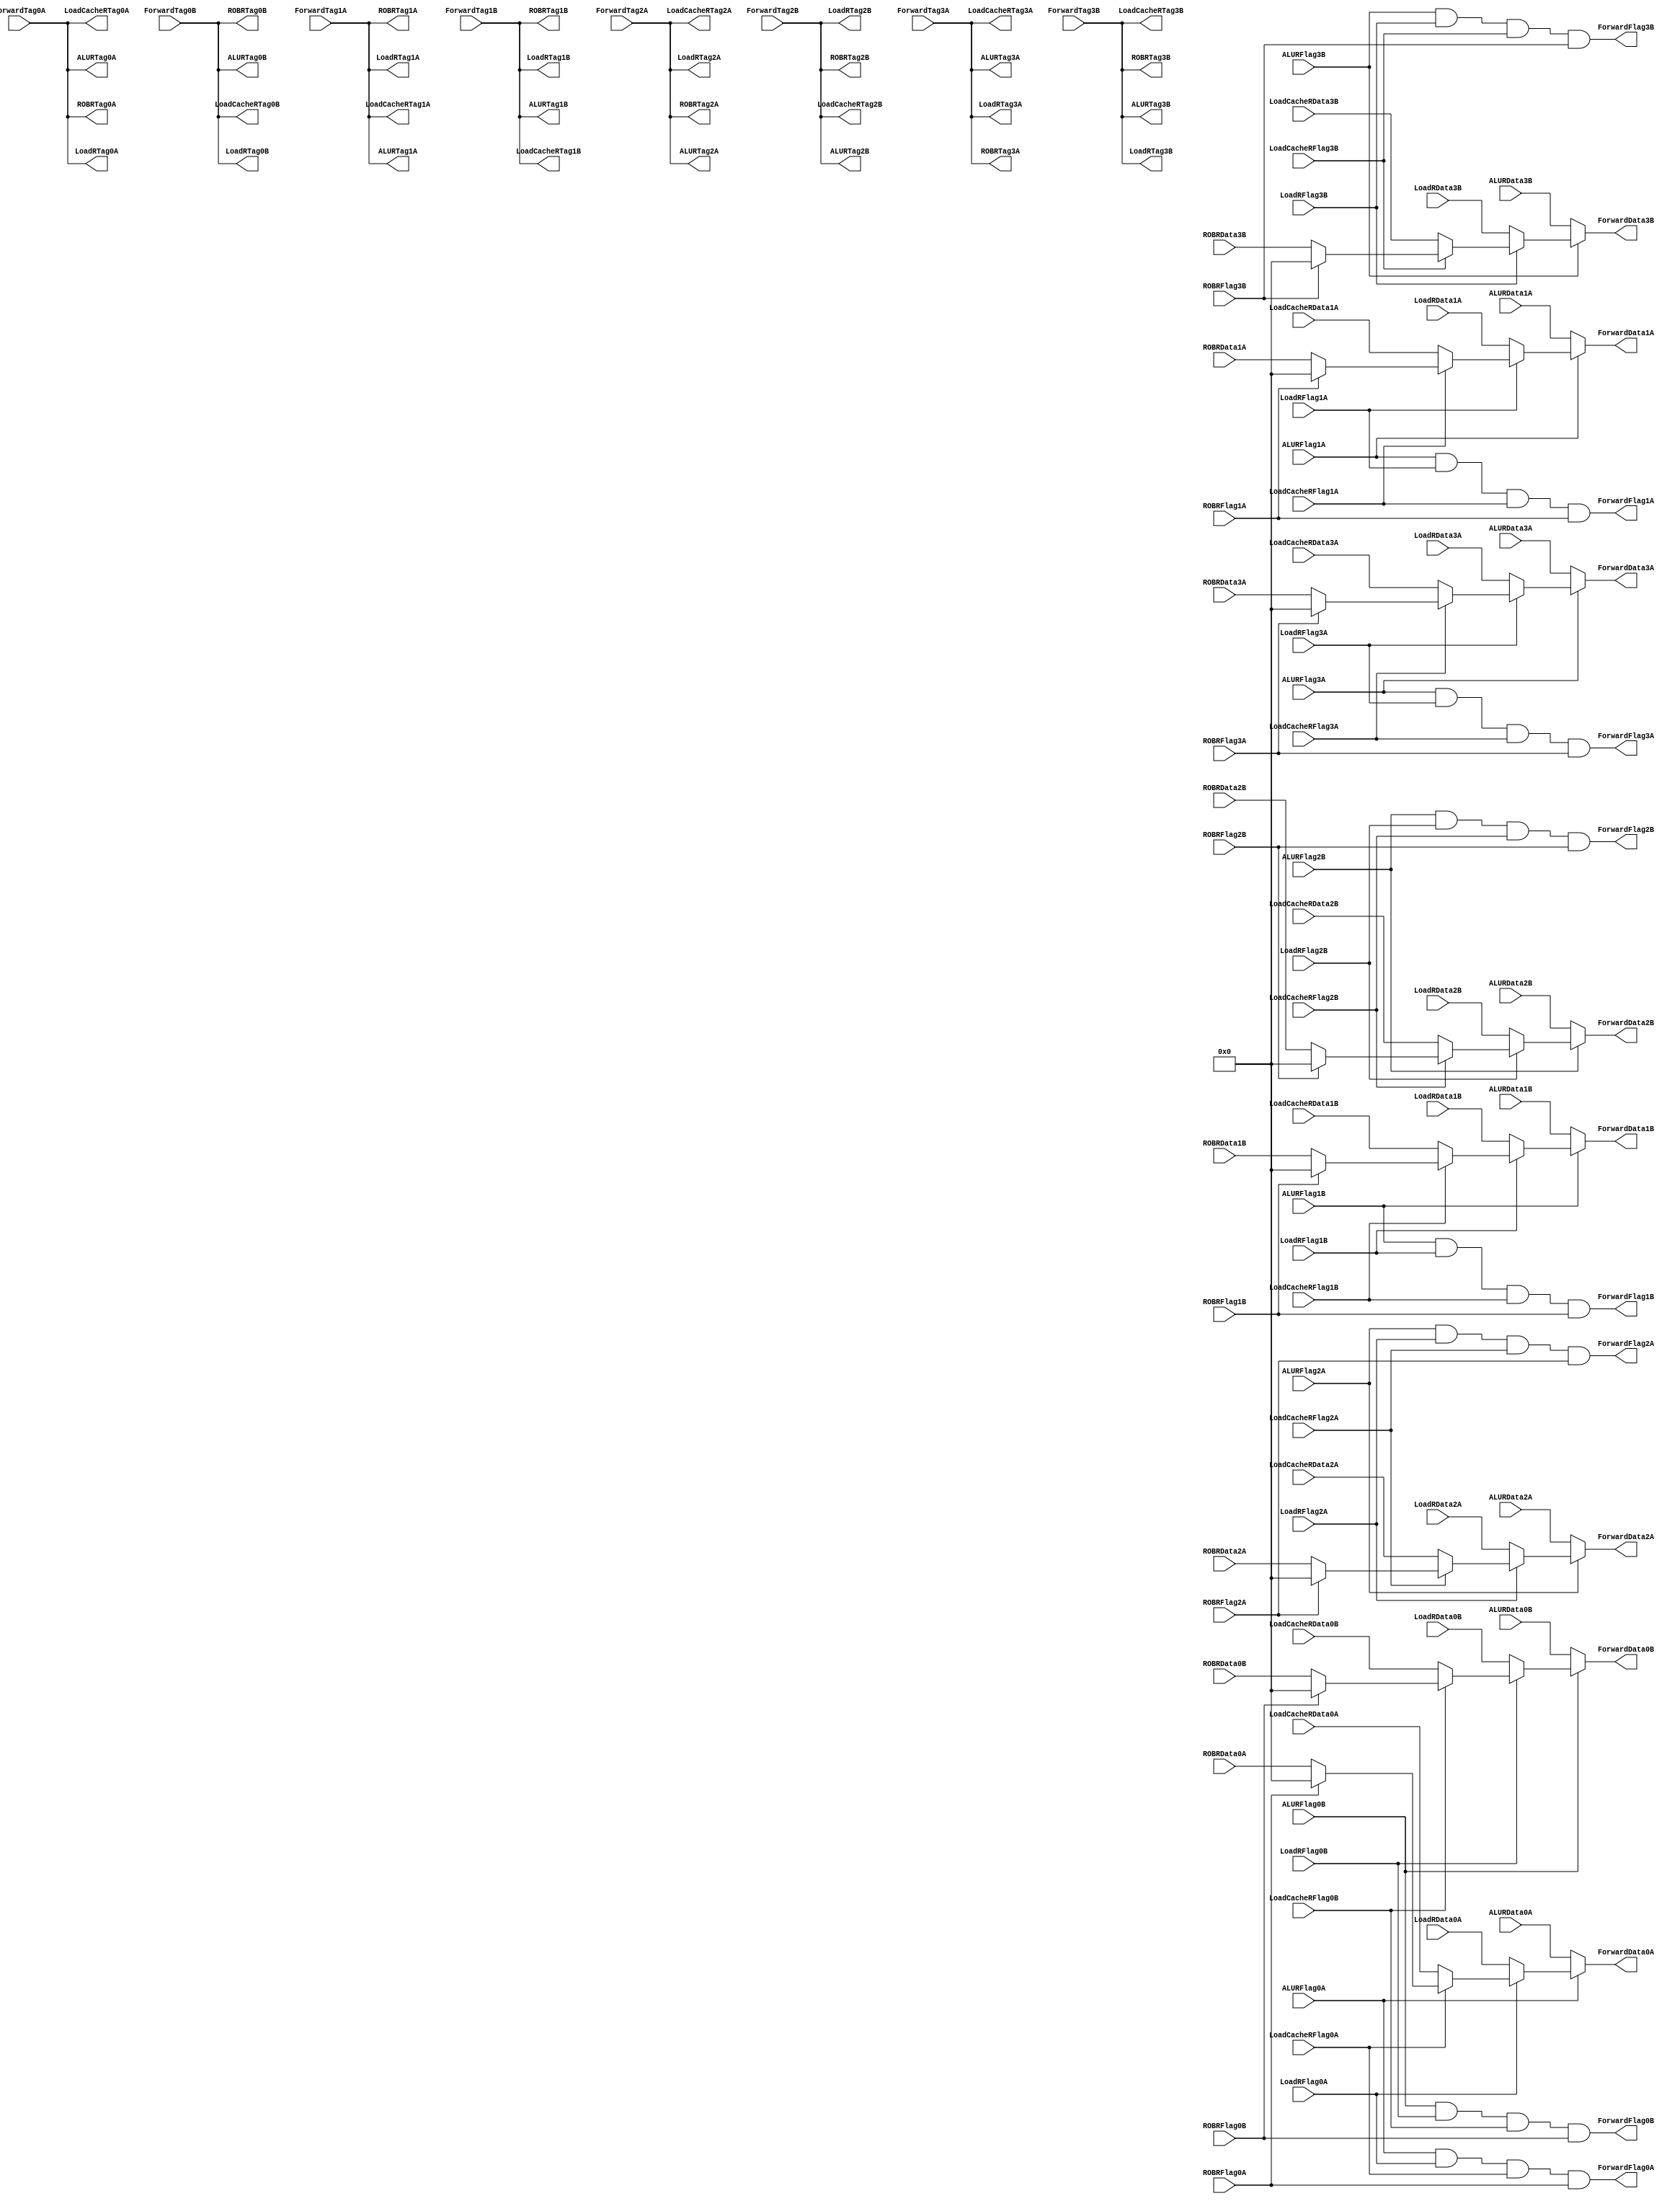

`timescale 1ns/1ns

module forwarding(
	input   [31:0]	ForwardTag0A, ForwardTag0B, ForwardTag1A, ForwardTag1B, ForwardTag2A, ForwardTag2B, ForwardTag3A, ForwardTag3B,
	input   [31:0]	ALURData0A, ALURData0B, ALURData1A, ALURData1B, ALURData2A, ALURData2B, ALURData3A, ALURData3B,
	input			ALURFlag0A, ALURFlag0B, ALURFlag1A, ALURFlag1B, ALURFlag2A, ALURFlag2B, ALURFlag3A, ALURFlag3B,
	input   [31:0]	LoadRData0A, LoadRData0B, LoadRData1A, LoadRData1B, LoadRData2A, LoadRData2B, LoadRData3A, LoadRData3B,
	input			LoadRFlag0A, LoadRFlag0B, LoadRFlag1A, LoadRFlag1B, LoadRFlag2A, LoadRFlag2B, LoadRFlag3A, LoadRFlag3B,
	input   [31:0]	LoadCacheRData0A, LoadCacheRData0B, LoadCacheRData1A, LoadCacheRData1B, LoadCacheRData2A, LoadCacheRData2B, LoadCacheRData3A, LoadCacheRData3B,
	input			LoadCacheRFlag0A, LoadCacheRFlag0B, LoadCacheRFlag1A, LoadCacheRFlag1B, LoadCacheRFlag2A, LoadCacheRFlag2B, LoadCacheRFlag3A, LoadCacheRFlag3B,
	input   [31:0]	ROBRData0A, ROBRData0B, ROBRData1A, ROBRData1B, ROBRData2A, ROBRData2B, ROBRData3A, ROBRData3B,
	input			ROBRFlag0A, ROBRFlag0B, ROBRFlag1A, ROBRFlag1B, ROBRFlag2A, ROBRFlag2B, ROBRFlag3A, ROBRFlag3B,
	output  [31:0]	ForwardData0A, ForwardData0B, ForwardData1A, ForwardData1B, ForwardData2A, ForwardData2B, ForwardData3A, ForwardData3B,
	output			ForwardFlag0A, ForwardFlag0B, ForwardFlag1A, ForwardFlag1B, ForwardFlag2A, ForwardFlag2B, ForwardFlag3A, ForwardFlag3B,
	output  [31:0]	ALURTag0A, ALURTag0B, ALURTag1A, ALURTag1B, ALURTag2A, ALURTag2B, ALURTag3A, ALURTag3B,
	output  [31:0]	LoadRTag0A, LoadRTag0B, LoadRTag1A, LoadRTag1B, LoadRTag2A, LoadRTag2B, LoadRTag3A, LoadRTag3B,
	output  [31:0]	LoadCacheRTag0A, LoadCacheRTag0B, LoadCacheRTag1A, LoadCacheRTag1B, LoadCacheRTag2A, LoadCacheRTag2B, LoadCacheRTag3A, LoadCacheRTag3B,
	output  [31:0]	ROBRTag0A, ROBRTag0B, ROBRTag1A, ROBRTag1B, ROBRTag2A, ROBRTag2B, ROBRTag3A, ROBRTag3B);
	
/****************************************************************************************/
/* 	Data Forwarding Logic																*/
/****************************************************************************************/
	assign ALURTag0A = ForwardTag0A;
	assign ALURTag0B = ForwardTag0B;
	assign ALURTag1A = ForwardTag1A;
	assign ALURTag1B = ForwardTag1B;
	assign ALURTag2A = ForwardTag2A;
	assign ALURTag2B = ForwardTag2B;
	assign ALURTag3A = ForwardTag3A;
	assign ALURTag3B = ForwardTag3B;
	
	assign LoadRTag0A = ForwardTag0A;
	assign LoadRTag0B = ForwardTag0B;
	assign LoadRTag1A = ForwardTag1A;
	assign LoadRTag1B = ForwardTag1B;
	assign LoadRTag2A = ForwardTag2A;
	assign LoadRTag2B = ForwardTag2B;
	assign LoadRTag3A = ForwardTag3A;
	assign LoadRTag3B = ForwardTag3B;
	
	assign LoadCacheRTag0A = ForwardTag0A;
	assign LoadCacheRTag0B = ForwardTag0B;
	assign LoadCacheRTag1A = ForwardTag1A;
	assign LoadCacheRTag1B = ForwardTag1B;
	assign LoadCacheRTag2A = ForwardTag2A;
	assign LoadCacheRTag2B = ForwardTag2B;
	assign LoadCacheRTag3A = ForwardTag3A;
	assign LoadCacheRTag3B = ForwardTag3B;
	
	assign ROBRTag0A = ForwardTag0A;
	assign ROBRTag0B = ForwardTag0B;
	assign ROBRTag1A = ForwardTag1A;
	assign ROBRTag1B = ForwardTag1B;
	assign ROBRTag2A = ForwardTag2A;
	assign ROBRTag2B = ForwardTag2B;
	assign ROBRTag3A = ForwardTag3A;
	assign ROBRTag3B = ForwardTag3B;
	
	assign ForwardFlag0A = ALURFlag0A && LoadRFlag0A && LoadCacheRFlag0A && ROBRFlag0A;
	assign ForwardFlag0B = ALURFlag0B && LoadRFlag0B && LoadCacheRFlag0B && ROBRFlag0B;
	assign ForwardFlag1A = ALURFlag1A && LoadRFlag1A && LoadCacheRFlag1A && ROBRFlag1A;
	assign ForwardFlag1B = ALURFlag1B && LoadRFlag1B && LoadCacheRFlag1B && ROBRFlag1B;
	assign ForwardFlag2A = ALURFlag2A && LoadRFlag2A && LoadCacheRFlag2A && ROBRFlag2A;
	assign ForwardFlag2B = ALURFlag2B && LoadRFlag2B && LoadCacheRFlag2B && ROBRFlag2B;
	assign ForwardFlag3A = ALURFlag3A && LoadRFlag3A && LoadCacheRFlag3A && ROBRFlag3A;
	assign ForwardFlag3B = ALURFlag3B && LoadRFlag3B && LoadCacheRFlag3B && ROBRFlag3B;
	
	assign ForwardData0A = (!ALURFlag0A ? ALURData0A : (!LoadRFlag0A ? LoadRData0A : (!LoadCacheRFlag0A ? LoadCacheRData0A : (!ROBRFlag0A ? ROBRData0A : 32'd0))));
	assign ForwardData0B = (!ALURFlag0B ? ALURData0B : (!LoadRFlag0B ? LoadRData0B : (!LoadCacheRFlag0B ? LoadCacheRData0B : (!ROBRFlag0B ? ROBRData0B : 32'd0))));
	assign ForwardData1A = (!ALURFlag1A ? ALURData1A : (!LoadRFlag1A ? LoadRData1A : (!LoadCacheRFlag1A ? LoadCacheRData1A : (!ROBRFlag1A ? ROBRData1A : 32'd0))));
	assign ForwardData1B = (!ALURFlag1B ? ALURData1B : (!LoadRFlag1B ? LoadRData1B : (!LoadCacheRFlag1B ? LoadCacheRData1B : (!ROBRFlag1B ? ROBRData1B : 32'd0))));
	assign ForwardData2A = (!ALURFlag2A ? ALURData2A : (!LoadRFlag2A ? LoadRData2A : (!LoadCacheRFlag2A ? LoadCacheRData2A : (!ROBRFlag2A ? ROBRData2A : 32'd0))));
	assign ForwardData2B = (!ALURFlag2B ? ALURData2B : (!LoadRFlag2B ? LoadRData2B : (!LoadCacheRFlag2B ? LoadCacheRData2B : (!ROBRFlag2B ? ROBRData2B : 32'd0))));
	assign ForwardData3A = (!ALURFlag3A ? ALURData3A : (!LoadRFlag3A ? LoadRData3A : (!LoadCacheRFlag3A ? LoadCacheRData3A : (!ROBRFlag3A ? ROBRData3A : 32'd0))));
	assign ForwardData3B = (!ALURFlag3B ? ALURData3B : (!LoadRFlag3B ? LoadRData3B : (!LoadCacheRFlag3B ? LoadCacheRData3B : (!ROBRFlag3B ? ROBRData3B : 32'd0))));

endmodule